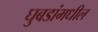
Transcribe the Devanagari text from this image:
घुबडांमधील